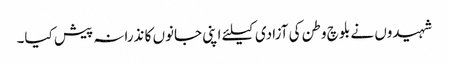
شہیدوں نے بلوچ وطن کی آزادی کیلئے اپنی جانوں کا نذرانہ پیش کیا۔